Trukikaitis_Postimees, lk 39
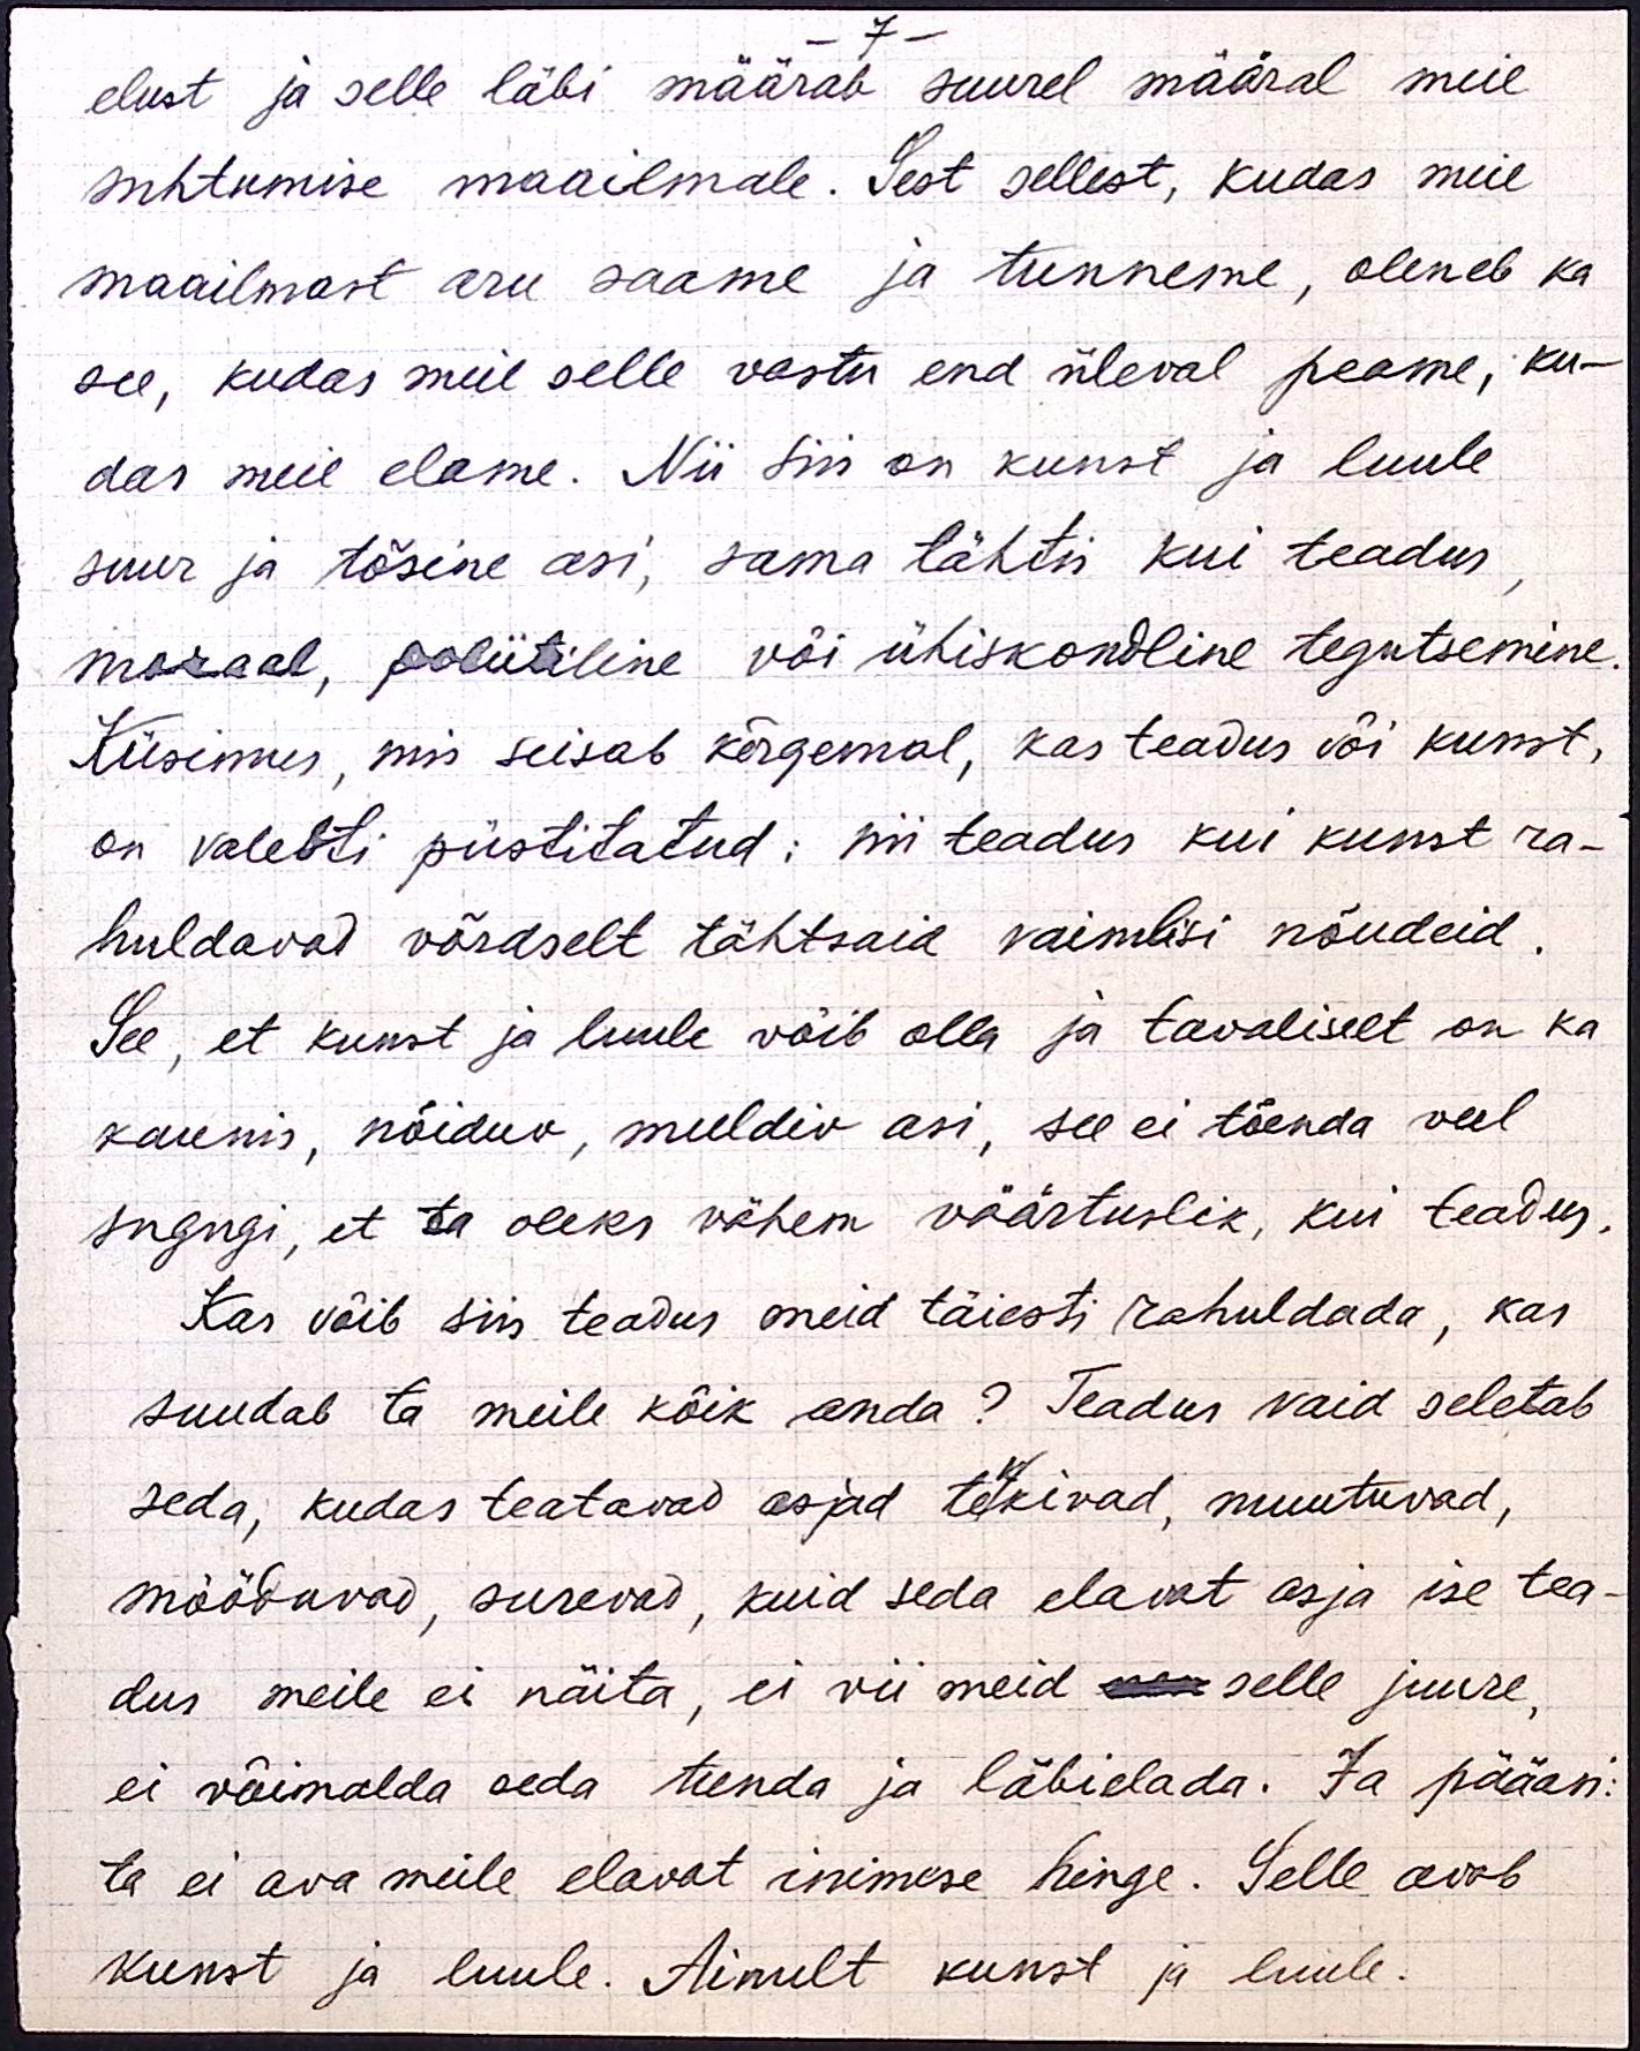
- 7 -
elust ja selle läbi määrab suurel määral meie
suhtumise maailmale. Sest sellest, kudas meie
maailmast aru saame ja tunneme, oleneb ka
see, kudas meie selle vastu end üleval peame, ku-
das meie elame. Nii siis on kunst ja luule
suur ja tõsine asi, sama tähtis kui teadus,
moraal, poliitiline või ühiskondline tegutsemine.
Küsimus, mis seisab kõrgemal, kas teadus või kunst,
on valesti püstitatud: nii teadus kui kunst ra-
huldavad võrdselt tähtsaid vaimlisi nõudeid.
See, et kunst ja luule võib olla ja tavaliselt on ka
kaunis, nõiduv, meeldiv asi, see ei tõenda veel
sugugi, et ta oleks vähem väärtuslik, kui teadus.
Kas võib siis teadus meid täiesti rahuldada, kas
suudab ta meile kõik anda? Teadus vaid seletab
seda, kudas teatavad asjad tekkivad, muutuvad,
mööduvad, surevad, kuid seda elavat asja ise tea-
dus meile ei näita, ei vii nen meid selle juure,
ei võimalda seda tunda ja läbielada. Ja pääasi:
ta ei ava meile elavat inimese hinge. Selle avab
kunst ja luule. Ainult kunst ja luule.